Report on malaria in the Punjab during the year ...  together with an account of the work of the Punjab Malaria Bureau - Volume 5
Disease focus: Malaria
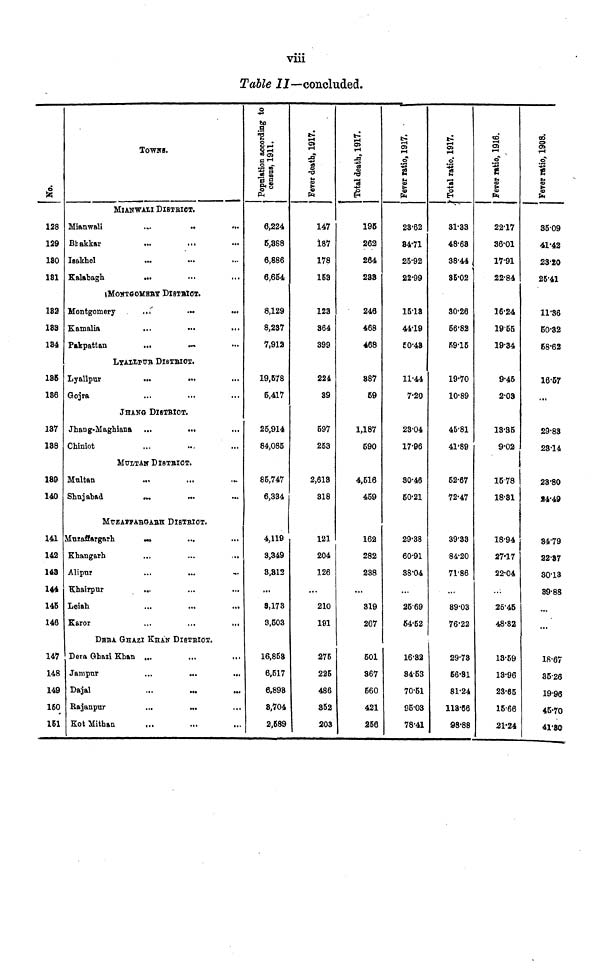
viii
Table II—concluded.
No.
128
129
180
181
182
183
184
185
186
137
188
189
140
141
142
148
144
145
146
147
148
149
160
151
TOWNS
MlANWALI DlSTRlCT.
Mianwali
Bhakkar
Isakhel
Kalabagh
...
...
...
...
...
...
...
...
MONTGOMERY DlSTRlCT.
Montgomery
Kamalia
Pakpattan
...
...
...
...
...
...
LYALLPUR DlSTRlCT.
Lyallpur
Gojra
...
...
...
...
JHANG DISTRICT.
Jhang-Maghian
Chiniot
...
...
...
MULTAN DISTRICT
Mnltan
Shujabad
...
...
...
MUZFFARGABH DISTRICT.
klnzaffargarb.
Khangarh
Alipur
Khairpur
Leiah
Karor
...
...
...
...
...
...
...
...
...
...
DARA GHAZI KHAN DISTRICT.
Dera Ghazi Khan
Jampnr
Dajal
Rajanpur
Kot Mithan
...
...
...
...
...
...
...
...
...
...
...
...
...
...
...
...
...
...
...
...
...
...
...
...
...
...
...
...
...
...
...
...
...
...
6,224
6,888
6,886
8,664
8,129
8,237
7,912
19,678
6,417
25,914
84,085
85,747
6,334
4,119
3,349
8,812
...
8,173
3,503
16,868
6,517
6,898
8,704
2,689
Fever death, 1917.
147
187
178
163
123
364
399
224
39
697
253
2,613
318
121
204
126
...
210
191
275
225
486
862
203
Total death, 1917.
195
262
264
233
246
468
468
887
59
1,187
590
4,516
459
162
282
238
...
319
267
501
867
660
421
256
Fever ratio, 1917.
23.62
84.71
25.92
22.99
15.18
44.19
50.48
11.44
7.20
23.04
17.96
30.46
60.21
29.38
60.91
38.04
...
25.69
64.52
16.82
84.53
70.51
95.03
78.41
Total ratio. 1917.
31.33
48.63
38-44
35.02
30.26
56 82
59.15
19.70
10.89
45.81
41.89
52.67
72.47
3933
84.20
71'86
...
89.03
76.22
29.78
56-31
81.24
113.66
98.88
Fever ratio, 1916.
22.17
36.01
17.91
22.84
16.24
19.65
19.34
9.45
2.03
13.35
9.02
15.78
18.81
18-94
27.17
22.04
...
25.46
48.82
13.59
13.96
23.65
15.66
21.24
Fever ratio, 1908.
85.09
41.42
23.20
25.41
11.36
50.32
68.62
16.57
...
29.83
23.14
28.80
94.49
84.79
22.87
30.13
39.88
...
18.87
35.26
19.96
45.70
41.80